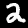
Label: 2